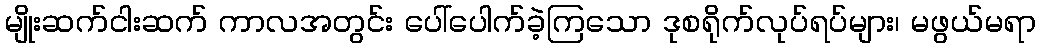
မျိုးဆက်ငါးဆက် ကာလအတွင်း ပေါ်ပေါက်ခဲ့ကြသော ဒုစရိုက်လုပ်ရပ်များ၊ မဖွယ်မရာ